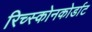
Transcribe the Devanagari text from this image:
रिच्स्कोनकोर्डाट